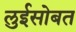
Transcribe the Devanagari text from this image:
लुईसोबत